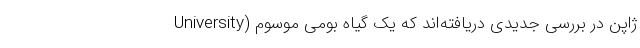
University) ژاپن در بررسی جدیدی دریافته‌اند که یک گیاه بومی موسوم